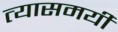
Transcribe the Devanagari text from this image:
त्यासमयी